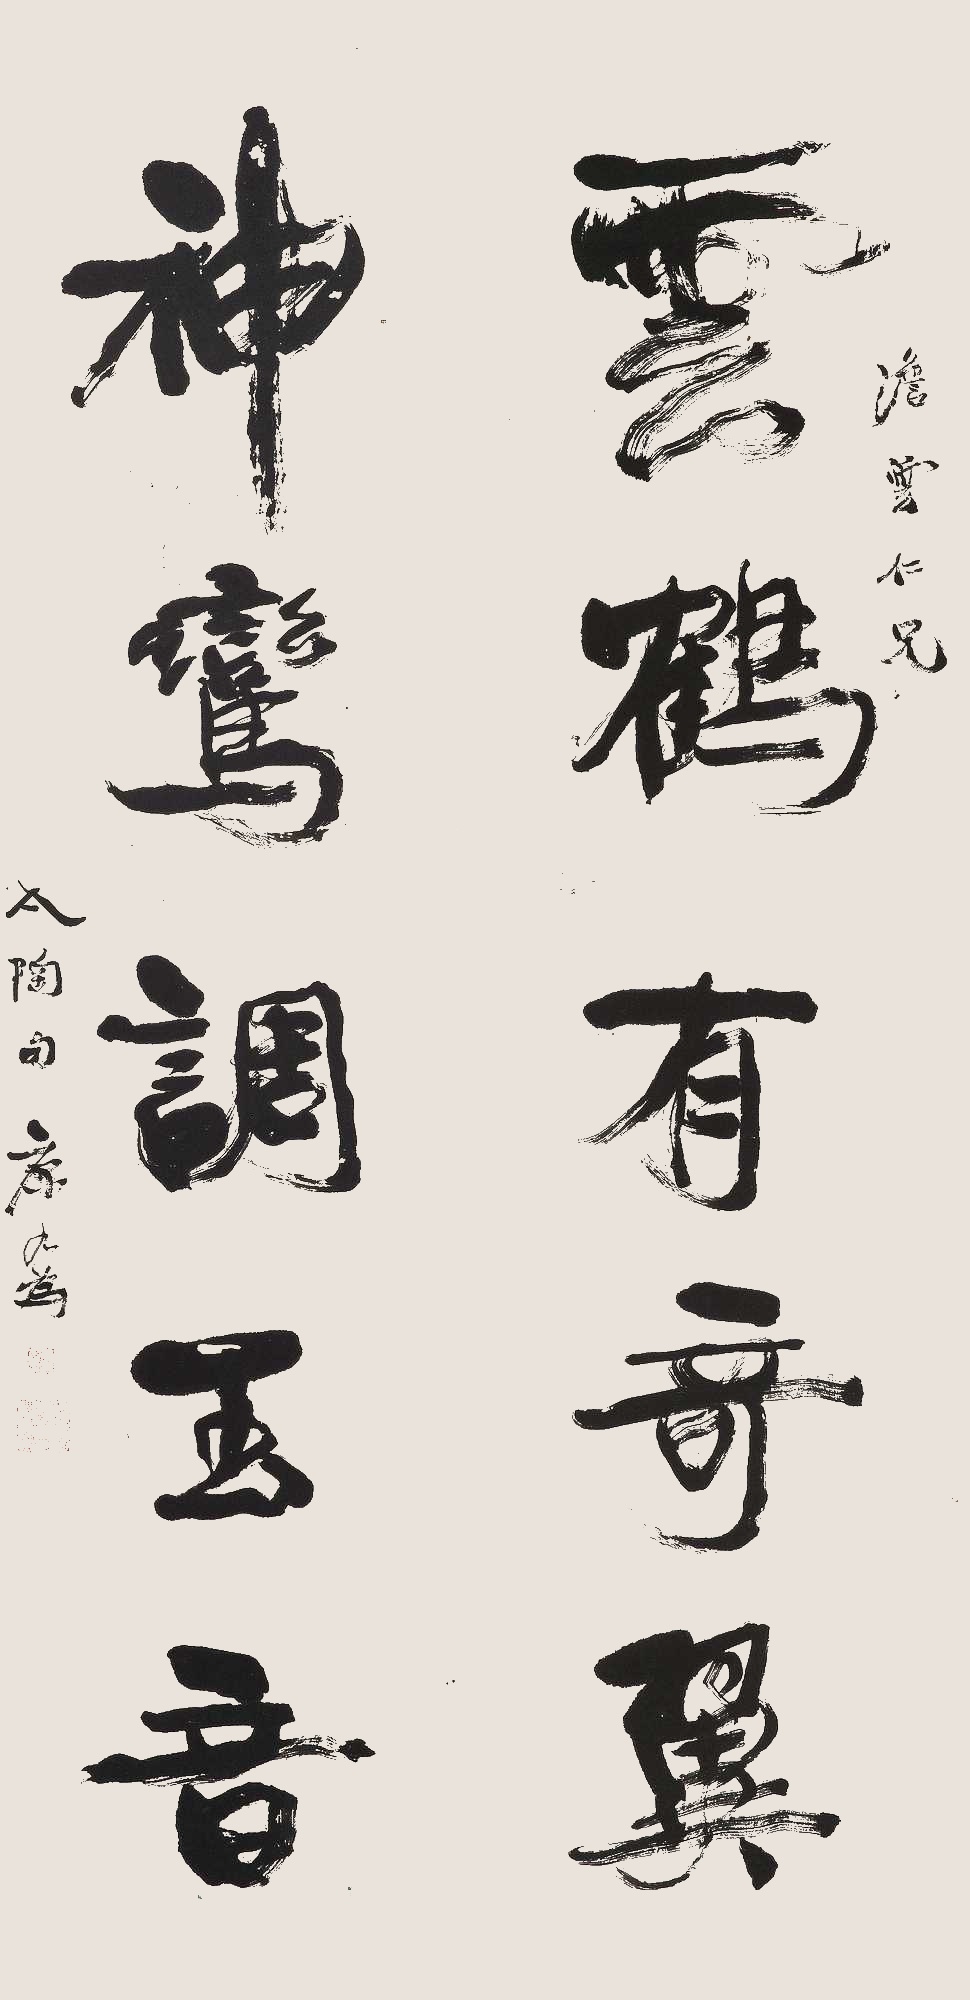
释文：云鹤有奇翼，神鸾调玉音。澹云仁兄。集陶句。康有为。